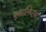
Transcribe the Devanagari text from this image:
युकालिप्टस